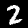
Label: 2